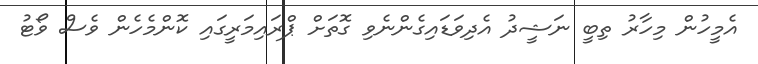
އެމީހުން މިހާރު ތިބީ ނަޝީދު އެދިވަޑައިގެންނެވި ގޮތަށް ޕްރައިމަރީގައި ކޮންމެހެން ވެސް ވޯޓު